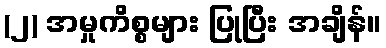
(၂) အမှုကိစ္စများ ပြုပြီး အချိန်။